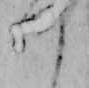
つ